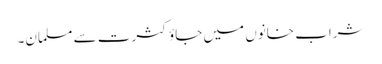
شراب خانوں میں جاؤ کثرت سے مسلمان۔